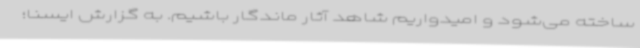
ساخته می‌شود و امیدواریم شاهد آثار ماندگار باشیم. به گزارش ایسنا؛